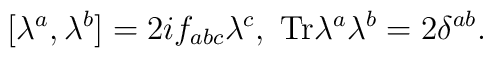
[\lambda^a,\lambda^b] = 2 i f_{abc} \lambda^c, \ \mbox{Tr} \lambda^a \lambda^b = 2 \delta^{ab}.